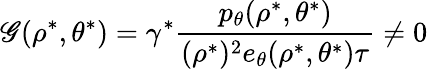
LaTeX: \mathscr{G}(\rho^{\ast},\theta^{\ast})=\gamma^{\ast}\frac{{p_{\theta}(\rho^{\ast},\theta^{\ast})}}{{(\rho^{\ast})^{2}e_{\theta}(\rho^{\ast},\theta^{\ast})\tau}}\neq0